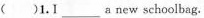
( )1.I___ a new schoolbag.